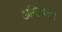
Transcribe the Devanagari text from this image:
अन्तिमत्तर